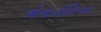
એનાટોલિયન